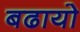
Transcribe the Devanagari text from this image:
बढायो